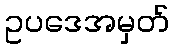
ဥပဒေအမှတ်